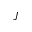
J